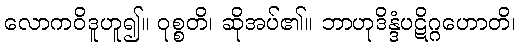
လောကဝိဒူဟူ၍။ ဝုစ္စတိ၊ ဆိုအပ်၏။ ဘာဟုဒိန္ဒံပဋိဂ္ဂဟောတိ၊